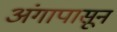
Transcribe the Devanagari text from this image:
अंगापासून